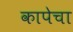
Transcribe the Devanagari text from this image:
कापेचा